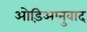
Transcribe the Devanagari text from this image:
ओड़िआनुवाद